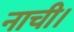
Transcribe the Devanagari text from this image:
नाची।